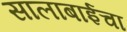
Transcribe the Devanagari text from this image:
सालाबाईचा